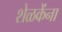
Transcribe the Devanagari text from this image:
शेळकेंना